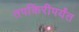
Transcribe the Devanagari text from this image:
तपकिरीपर्यंत